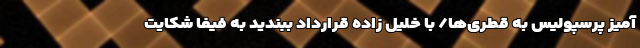
آمیز پرسپولیس به قطری‌ها/ با خلیل زاده قرارداد ببندید به فیفا شکایت